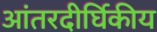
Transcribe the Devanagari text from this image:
आंतरदीर्घिकीय